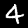
Label: 4